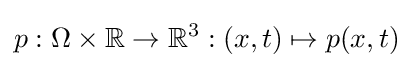
p:\Omega \times \mathbb {R} \rightarrow \mathbb {R} ^{3}:(x,t)\mapsto p(x,t)